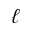
\ell